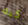
كيه